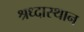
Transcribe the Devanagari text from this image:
श्रध्दास्थान